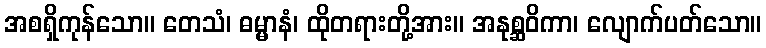
အစရှိကုန်သော။ တေသံ၊ ဓမ္မာနံ၊ ထိုတရားတို့အား။ အနုစ္ဆဝိကာ၊ လျောက်ပတ်သော။